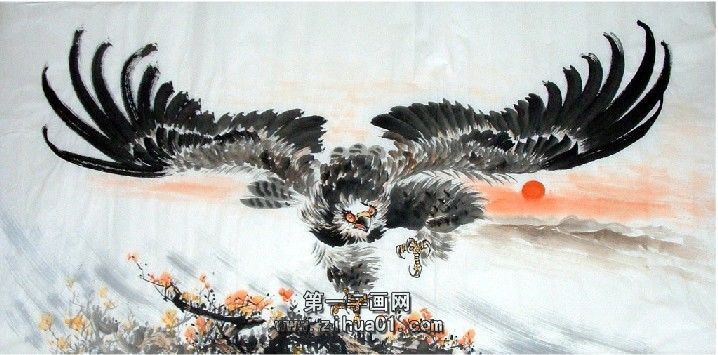
积雪覆平皋，饥鹰捉寒兔。